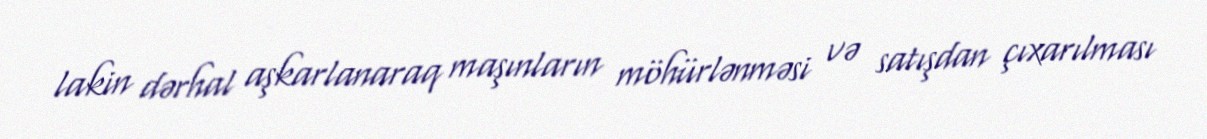
lakin dərhal aşkarlanaraq maşınların möhürlənməsi və satışdan çıxarılması